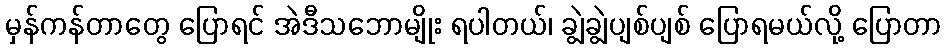
မှန်ကန်တာတွေ ပြောရင် အဲဒီသဘောမျိုး ရပါတယ်၊ ချွဲချွဲပျစ်ပျစ် ပြောရမယ်လို့ ပြောတာ